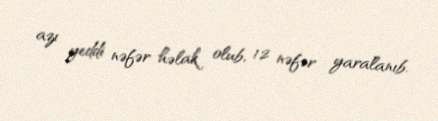
azı yeddi nəfər həlak olub, 12 nəfər yaralanıb.